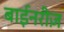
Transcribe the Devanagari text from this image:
बाईनरीज़